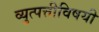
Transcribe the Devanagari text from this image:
व्युत्पत्तीविषयी